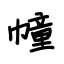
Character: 幢